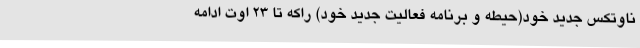
ناوتکس جدید خود(حیطه و برنامه فعالیت جدید خود) راکه تا 23 اوت ادامه